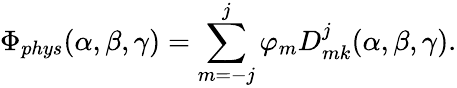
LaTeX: \Phi_{phys}(\alpha,\beta,\gamma)=\sum_{m=-j}^{j}\varphi_{m}D_{mk}^{j}(\alpha,\beta,\gamma).